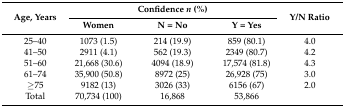
| <ROWSPAN=2> Age, Years |  | Confidence n (%) |  | <ROWSPAN=2> Y/N Ratio |
 | Women | N = No | Y = Yes |
 | --- | --- | --- | --- | --- |
 | 25–40 | 1073 (1.5) | 214 (19.9) | 859 (80.1) | 4.0 |
 | 41–50 | 2911 (4.1) | 562 (19.3) | 2349 (80.7) | 4.2 |
 | 51–60 | 21,668 (30.6) | 4094 (18.9) | 17,574 (81.8) | 4.3 |
 | 61–74 | 35,900 (50.8) | 8972 (25) | 26,928 (75) | 3.0 |
 | ≥75 | 9182 (13) | 3026 (33) | 6156 (67) | 2.0 |
 | Total | 70,734 (100) | 16,868 | 53,866 |  |